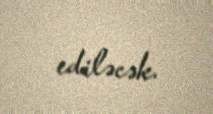
ediləcək.